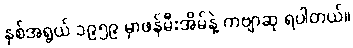
နှစ်အရွယ် ၁၉၅၉ မှာဖန်မီးအိမ်နဲ့ ကဗျာဆု ရပါတယ်။